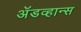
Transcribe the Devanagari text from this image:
अॅडव्हान्स